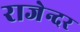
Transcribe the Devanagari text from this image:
राजेन्दर